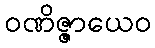
ဝဏိဇ္ဇာယေဝ